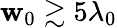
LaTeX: \mathbf{w}_{0}\gtrsim5\lambda_{0}